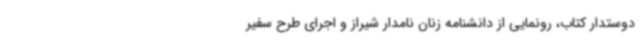
دوستدار کتاب، رونمایی از دانشنامه زنان نامدار شیراز و اجرای طرح سفیر